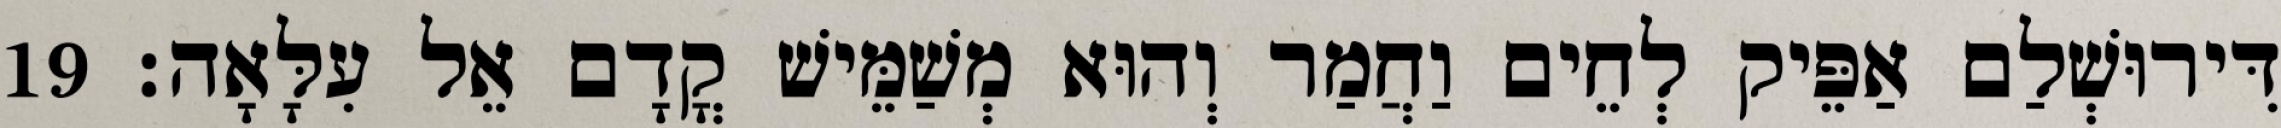
דִּירוּשְׁלַם אַפֵּיק לְחֵים וַחֲמַר וְהוּא מְשַׁמֵּישׁ קֳדָם אֵל עִלָּאָה׃ 19